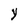
Character: Y